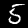
Digit: 5